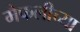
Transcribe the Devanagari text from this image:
मैफलीच्या